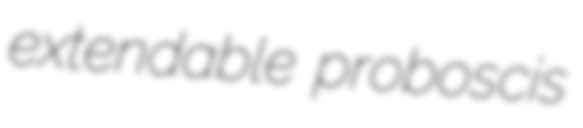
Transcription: extendable proboscis